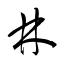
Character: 林